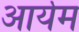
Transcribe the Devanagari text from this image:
आर्यम